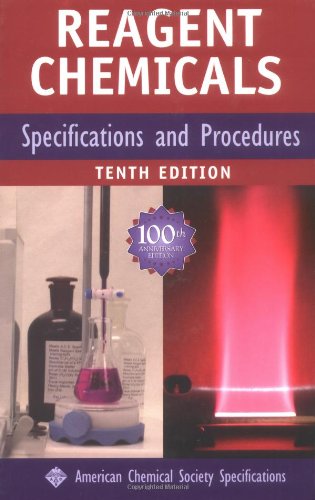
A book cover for Reagent Chemicals: Specifications and Procedures (American Chemical Society, Committee on Analytical Reagents// Reagent Chemicals: American Chemical Society Specifications); ACS Committee on Analytical Reagents; Science & Math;